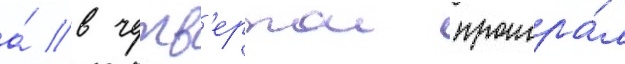
а́ в четв'ертои проигра́л